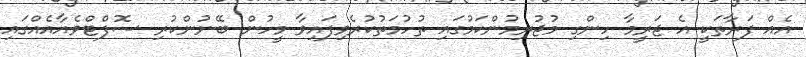
އެއް ފަރާތަކީ އެ ޖަރީމާ ހިންގި މުޖުރިމުންކަމުގައި ތުހުމަތުކުރެވިފައިވާ މީހުން ބޭނުންކުރި ސޮފްޓްވެއާއެއްގައި